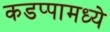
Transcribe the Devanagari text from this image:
कडप्पामध्ये